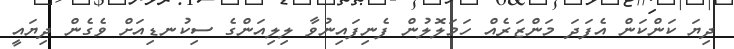
ދިޔަ ކަންކަން އެފަދަ މަންޒަރެއް ހަމަލޮލުން ފެނިފައިނުވާ ލިލިއަންގެ ސިކުނޑިއަށް ވެގެން ދިޔައީ